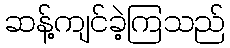
ဆန့်ကျင်ခဲ့ကြသည်